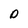
Character: D